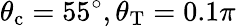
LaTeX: \theta_{\mathrm{c}}=55^{\circ},\theta_{\mathrm{T}}=0.1\pi